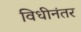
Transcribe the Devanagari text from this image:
विधीनंतर